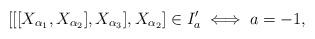
LaTeX: \begin{gather*} [ [ [ X_{\alpha_1}, X_{\alpha_2} ], X_{\alpha_3} ], X_{\alpha_2} ] \in I'_a \iff a = -1,\end{gather*}